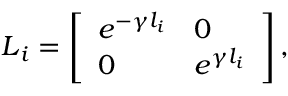
\boldsymbol { L } _ { i } = \left[ \begin{array} { l l } { e ^ { - \gamma l _ { i } } } & { 0 } \\ { 0 } & { e ^ { \gamma l _ { i } } } \end{array} \right] ,